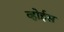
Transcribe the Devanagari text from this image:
व्होईस